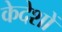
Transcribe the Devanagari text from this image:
केदेशों